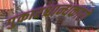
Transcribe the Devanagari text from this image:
गुकारश्चान्धकारो